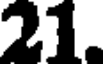
21.